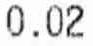
0.02